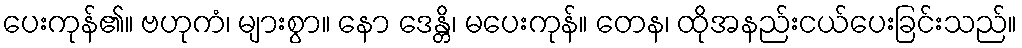
ပေးကုန်၏။ ဗဟုကံ၊ များစွာ။ နော ဒေန္တိ၊ မပေးကုန်။ တေန၊ ထိုအနည်းငယ်ပေးခြင်းသည်။